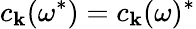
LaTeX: c_{\mathbf{k}}(\omega^{*})=c_{\mathbf{k}}(\omega)^{*}